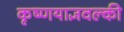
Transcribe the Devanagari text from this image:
कृष्णयाज्ञवल्की